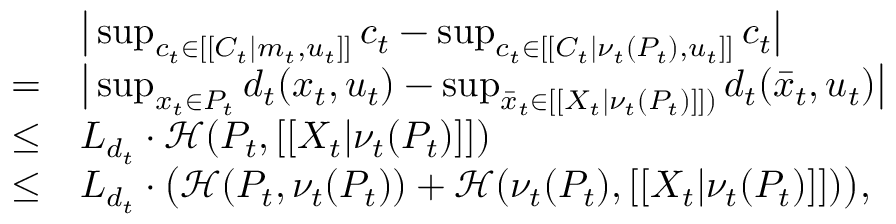
\begin{array} { r l } & { \big | \operatorname* { s u p } _ { c _ { t } \in [ [ C _ { t } | m _ { t } , u _ { t } ] ] } c _ { t } - \operatorname* { s u p } _ { c _ { t } \in [ [ C _ { t } | \nu _ { t } ( { P } _ { t } ) , u _ { t } ] ] } c _ { t } \big | } \\ { = } & { \big | \operatorname* { s u p } _ { x _ { t } \in P _ { t } } d _ { t } ( x _ { t } , u _ { t } ) - \operatorname* { s u p } _ { \bar { x } _ { t } \in [ [ X _ { t } | \nu _ { t } ( { P } _ { t } ) ] ] ) } d _ { t } ( \bar { x } _ { t } , u _ { t } ) \big | } \\ { \leq } & { L _ { d _ { t } } \cdot \mathcal { H } ( P _ { t } , [ [ X _ { t } | \nu _ { t } ( { P } _ { t } ) ] ] ) } \\ { \leq } & { L _ { d _ { t } } \cdot \big ( \mathcal { H } ( P _ { t } , \nu _ { t } ( P _ { t } ) ) + \mathcal { H } ( \nu _ { t } ( P _ { t } ) , [ [ X _ { t } | \nu _ { t } ( { P } _ { t } ) ] ] ) \big ) , } \end{array}